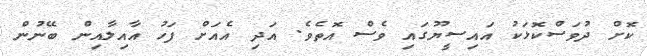
ކޮށް ދުވަސްކޮޅަކު އައިސީޔޫގައި ވެސް އޮތެވެ. އަދި އެއަށް ފަހު އާއިލާއިން ބޭނުން